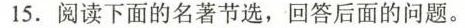
15.阅读下面的名著节选，回答后面的问题。